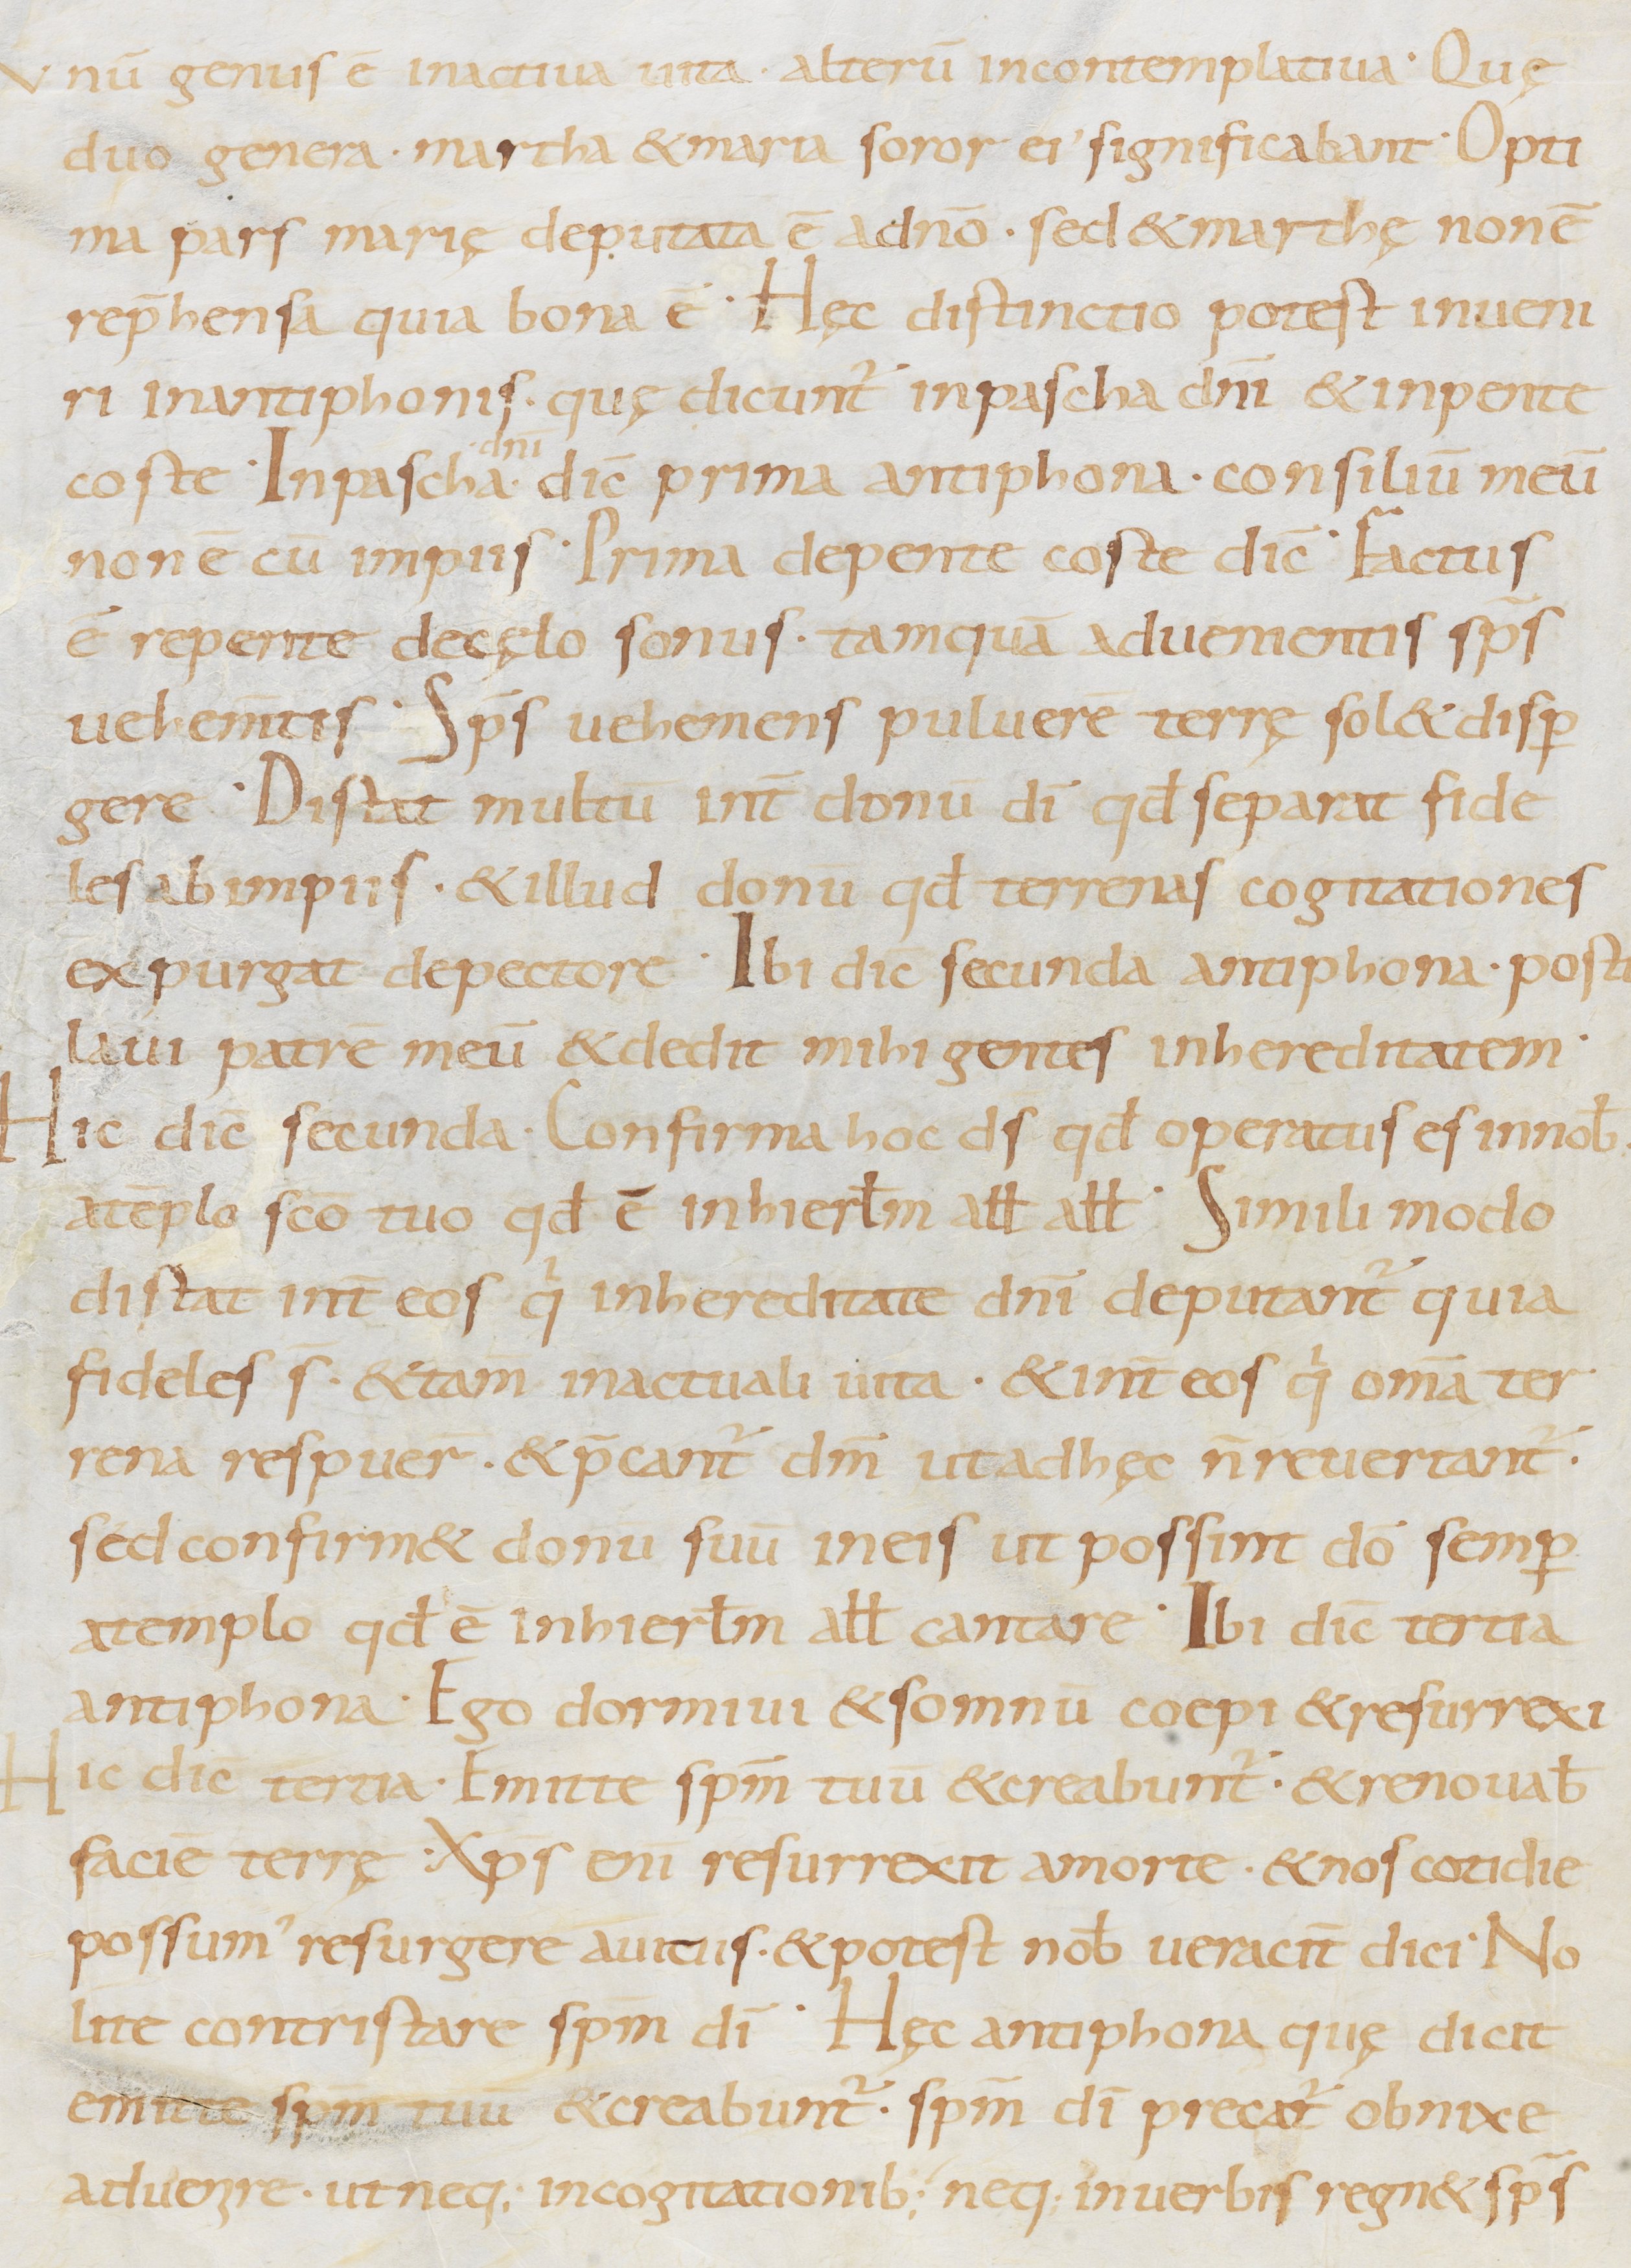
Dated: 800–899